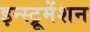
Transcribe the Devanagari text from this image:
इन्‍स्ट्रूमेंशन